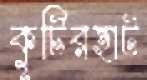
কুটিরহাট